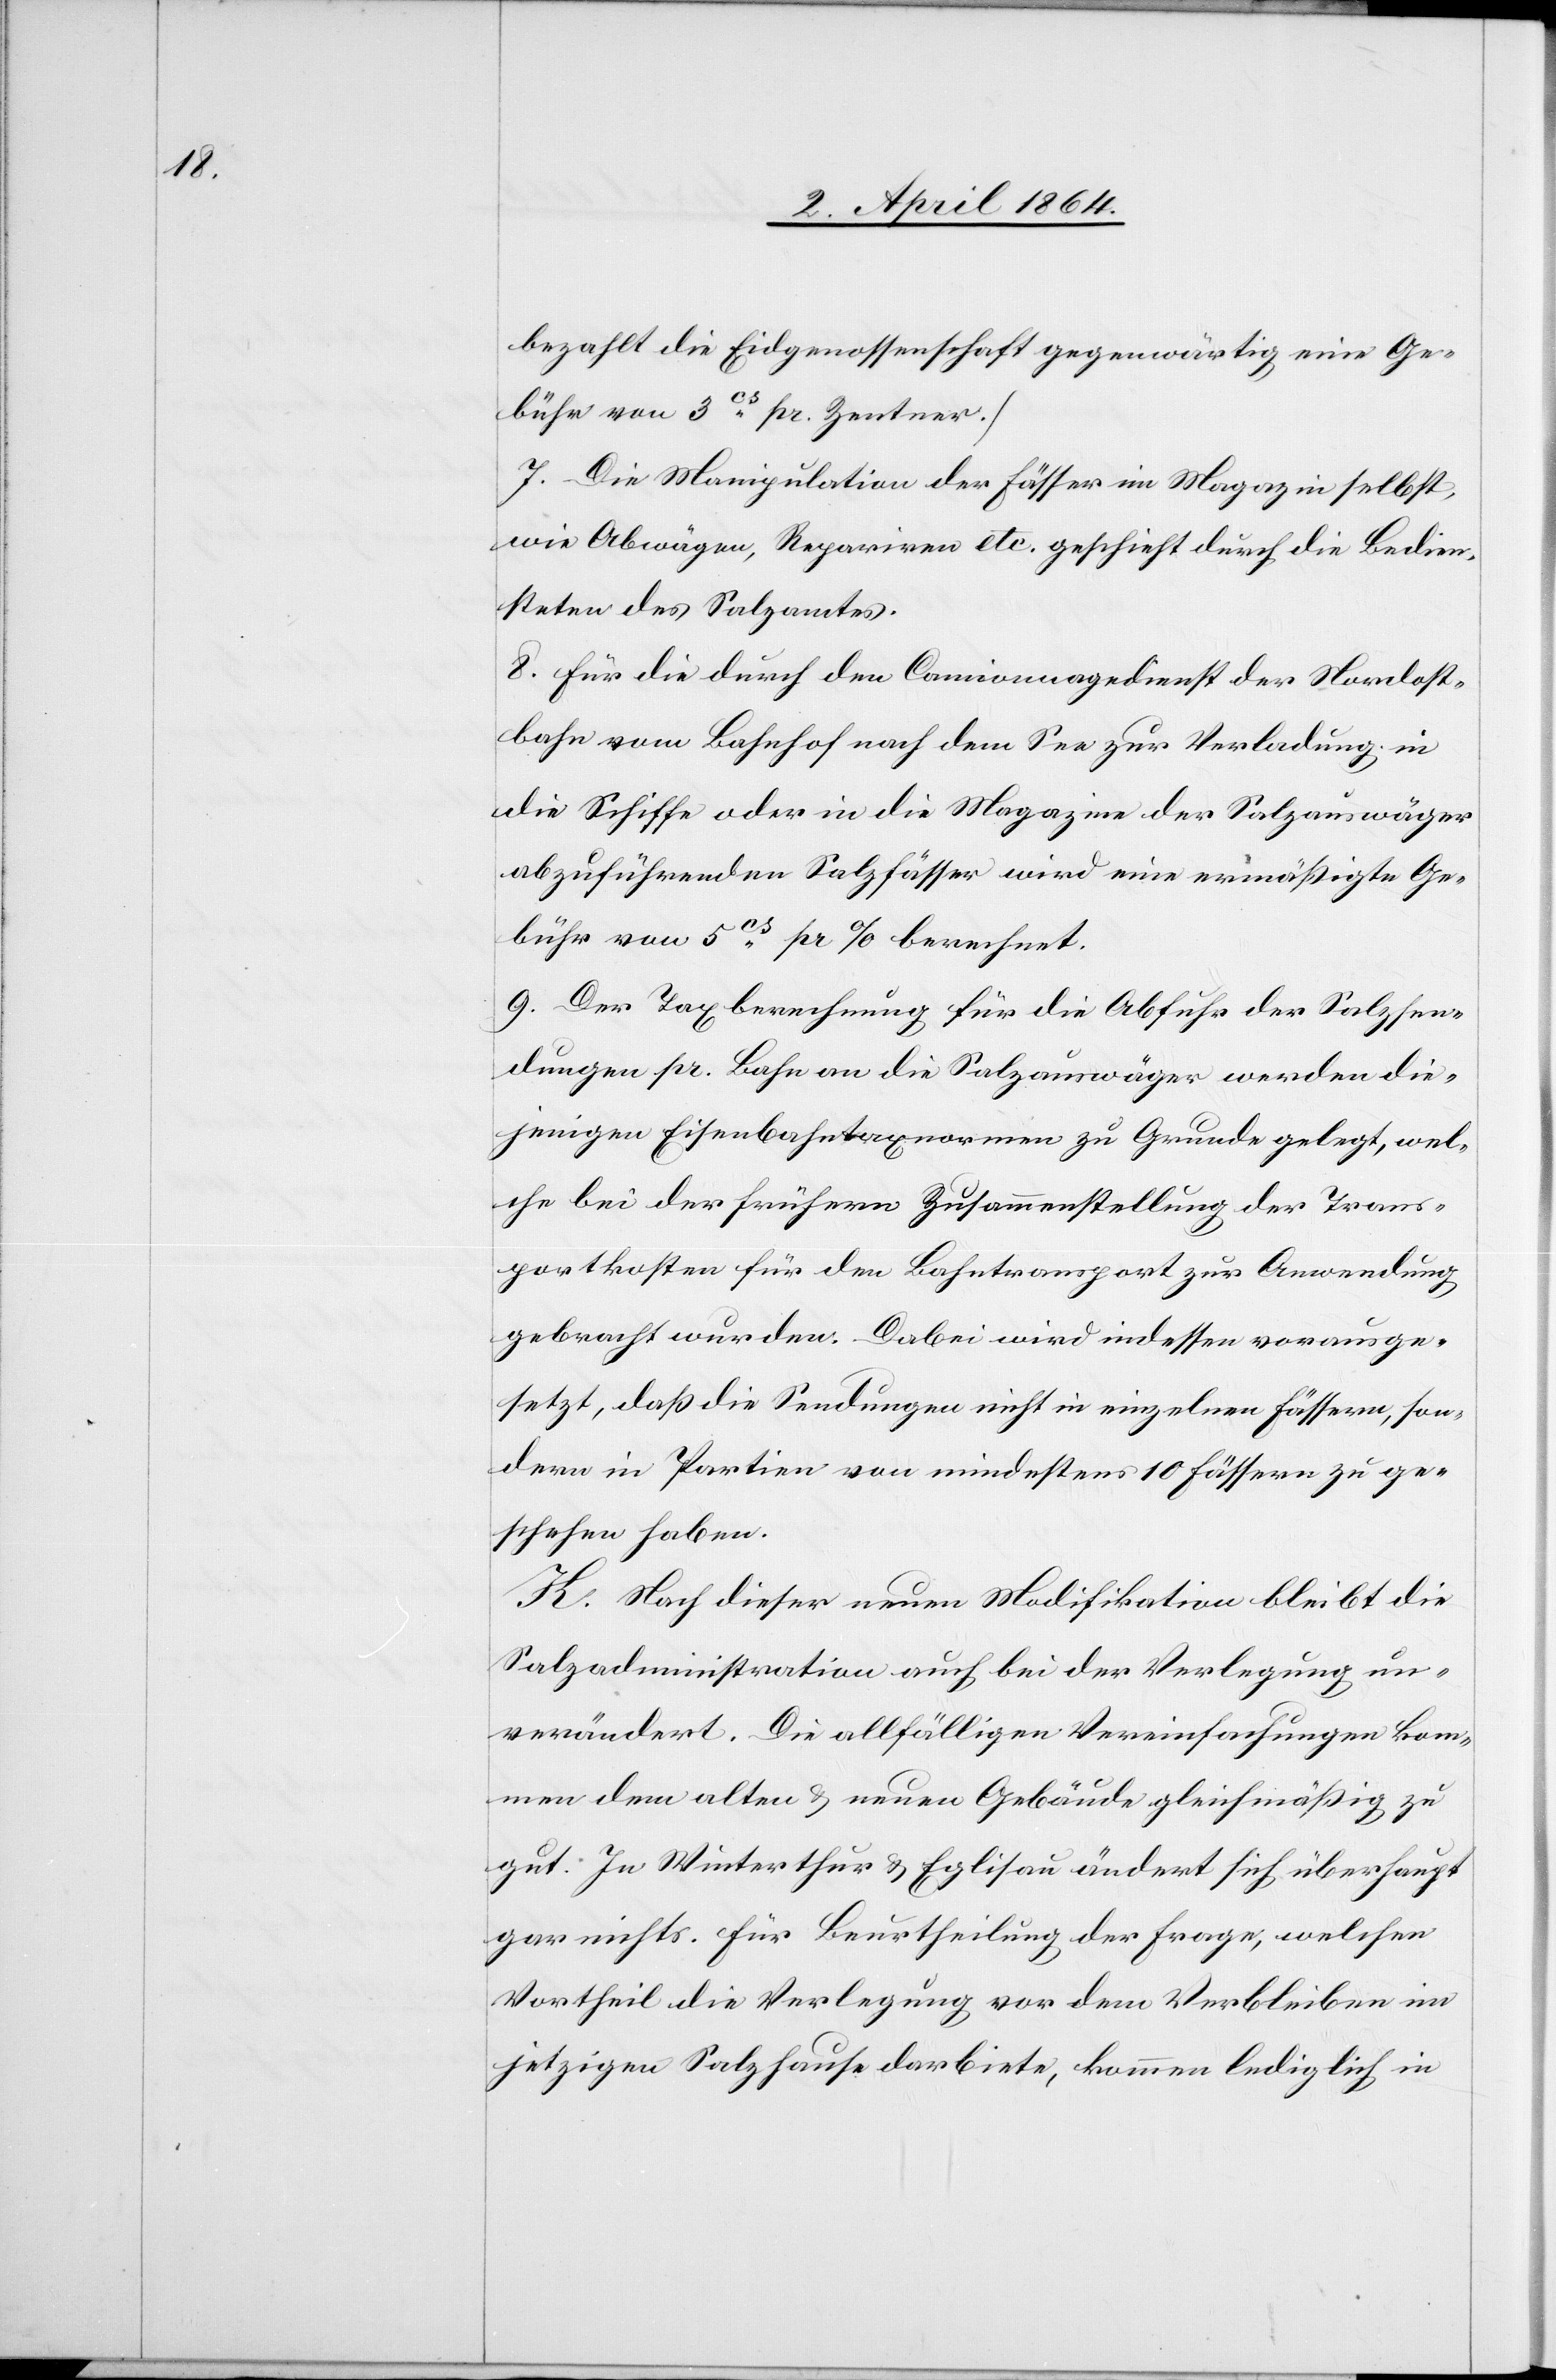
bezahlt die Eidgenossenschaft gegenwärtig eine Ge¬
bühr von 3cs pr. Zentner.)
7. Die Manipulation der Fässer im Magazin selbst,
wie Abwägen, Repariren etc. geschieht durch die Bedien¬
steten des Salzamtes.
8. Für die durch den Camionnagedienst der Nordost¬
bahn vom Bahnhof nach dem See zur Verladung in
die Schiffe oder in die Magazine der Salzauswäger
abzuführenden Salzfässer wird eine ermäßigte Ge¬
bühr von 5cs pr % berechnet.
9. Der Taxberechnung für die Abfuhr der Salzsen¬
dungen pr. Bahn an die Salzauswäger werden die¬
jenigen Eisenbahntaxnormen zu Grunde gelegt, wel¬
che bei der frühern Zusammenstellung der Trans¬
portkosten für den Bahntransport zur Anwendung
gebracht wurden. Dabei wird indessen vorausge¬
setzt, daß die Sendungen nicht in einzelnen Fässern, son¬
dern in Partien von mindestens 10 Fässern zu ge¬
schehen haben.
K. Nach dieser neuen Modifikation bleibt die
Salzadministration auch bei der Verlegung un¬
verändert. Die allfälligen Vereinfachungen kom¬
men dem alten u. neuen Gebäude gleichmäßig zu
gut. In Winterthur u. Eglisau ändert sich überhaupt
gar nichts. Für Beurtheilung der Frage, welchen
Vortheil die Verlegung vor dem Verbleiben im
jetzigen Salzhause darbiete, kommen lediglich in